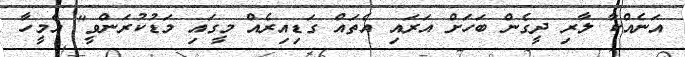
އަނެއްކާ ލާރި ދީގެން ބަހަށް އަރައި އެތައް ގަޑިއިރެއް މީގައި މަޑުކުރަންވީ" އެމީހާ